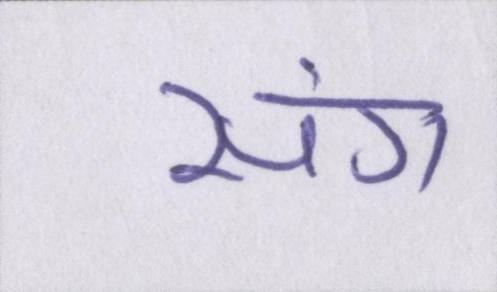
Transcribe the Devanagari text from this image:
संग